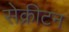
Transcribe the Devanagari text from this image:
सेक्रीटन